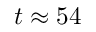
t \approx 5 4